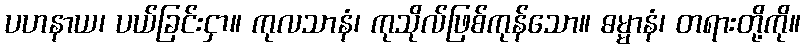
ပဟနာယ၊ ပယ်ခြင်းငှာ။ ကုလသာနံ၊ ကုသိုလ်ဖြစ်ကုန်သော။ ဓမ္မာနံ၊ တရားတို့ကို။